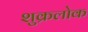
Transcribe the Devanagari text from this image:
शुक्रलोक